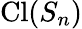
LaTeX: \operatorname{Cl}(S_{n})